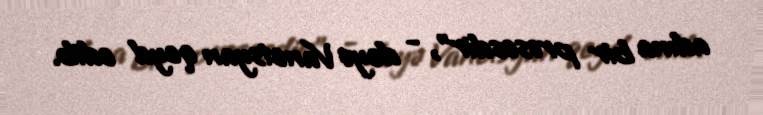
adına bir prosesdir”, - deyə Vanetsyan qeyd edib.